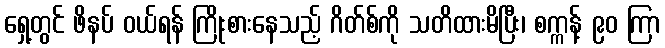
ရှေ့တွင် ဖိနပ် ဝယ်ရန် ကြိုးစားနေသည့် ဂိတ်စ်ကို သတိထားမိပြီး၊ စက္ကန့် ၉၀ ကြာ